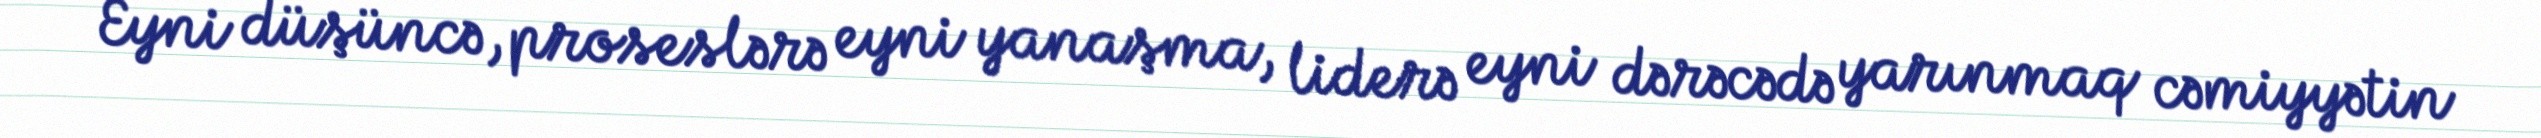
Eyni düşüncə, proseslərə eyni yanaşma, liderə eyni dərəcədə yarınmaq cəmiyyətin